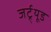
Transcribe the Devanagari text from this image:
जर्ट्र्यूड